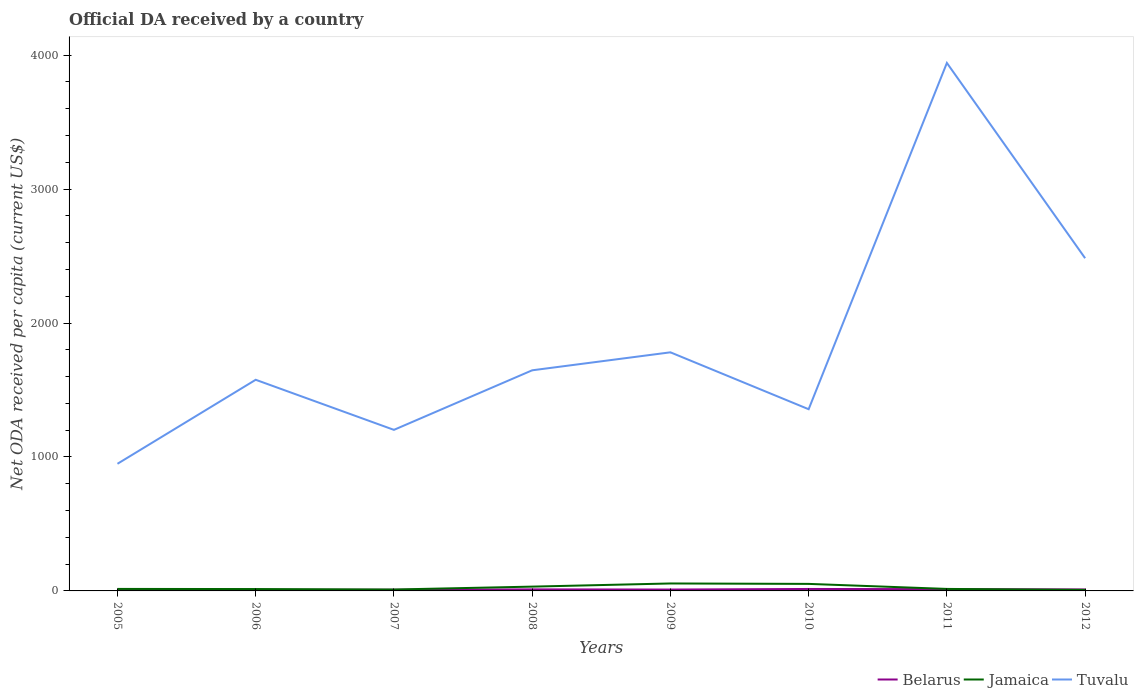
| Years | Belarus | Jamaica | Tuvalu |
 | --- | --- | --- | --- |
 | 2005 | 5.98 | 15 | 949 |
 | 2006 | 7.97 | 14 | 1.58e+03 |
 | 2007 | 8.76 | 10.5 | 1.2e+03 |
 | 2008 | 11.6 | 32.1 | 1.65e+03 |
 | 2009 | 10.3 | 55.7 | 1.78e+03 |
 | 2010 | 14.6 | 52.5 | 1.36e+03 |
 | 2011 | 13.3 | 14.9 | 3.94e+03 |
 | 2012 | 10.9 | 7.77 | 2.48e+03 |